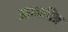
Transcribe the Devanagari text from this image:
आत्मचित्र